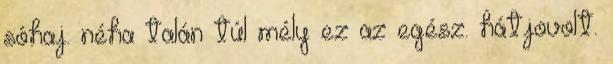
sóhaj. néha talán túl mély ez az egész. hátjovolt.